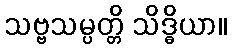
သဗ္ဗသမ္ပတ္တိ သိဒ္ဓိယာ။